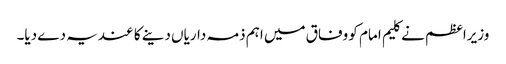
وزیراعظم نے کلیم امام کو وفاق میں اہم ذمہ داریاں دینے کا عندیہ دے دیا۔